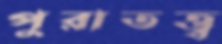
পুরাতত্ত্ব